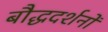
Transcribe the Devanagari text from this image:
बौद्धदर्शनों